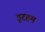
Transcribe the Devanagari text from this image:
डूरहम